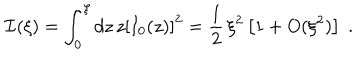
{ \mathcal I } ( \xi ) = \int _ { 0 } ^ { \xi } d z \, z \left[ I _ { 0 } ( z ) \right] ^ { 2 } = \frac { 1 } { 2 } \, \xi ^ { 2 } \left[ 1 + O ( \xi ^ { 2 } ) \right] \; .